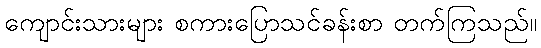
ကျောင်းသားများ စကားပြောသင်ခန်းစာ တက်ကြသည်။